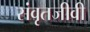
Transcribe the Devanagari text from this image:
संवृतजीवी